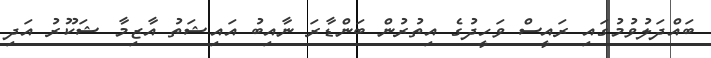
ބައްދަލުވުމުގައި ރައީސް ވަހީދުގެ އިތުރުން ބަންޑާރަ ނާއިބު އައިޝަތު އާޒިމާ ޝަކޫރު އަދި